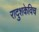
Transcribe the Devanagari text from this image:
रादुशकेविच